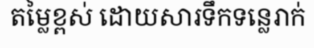
តម្លៃខ្ពស់ ដោយសារទឹកទន្លេរាក់